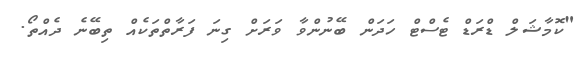
"ކޮމާޝަލް ޑްރަޑް ޓެސްޓް ހަދަން ބޭނުންވާ ވަރަށް ގިނަ ފަރާތްތަކެއް ތިބޭނެ ދެއްތޯ.